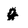
Character: g